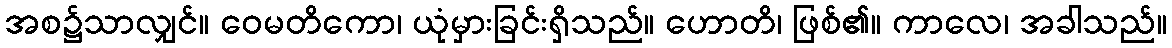
အစ၌သာလျှင်။ ဝေမတိကော၊ ယုံမှားခြင်းရှိသည်။ ဟောတိ၊ ဖြစ်၏။ ကာလေ၊ အခါသည်။